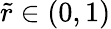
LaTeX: \tilde{r}\in(0,1)